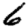
Digit: 6